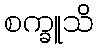
စက္ခူသိ